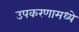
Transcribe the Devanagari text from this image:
उपकरणामध्ये